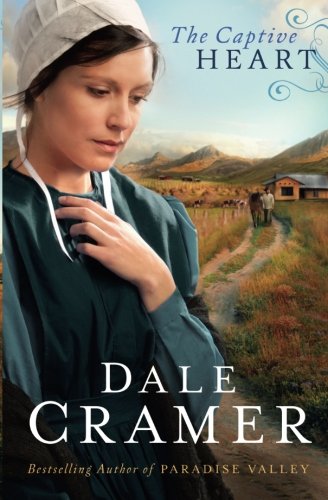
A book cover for The Captive Heart (The Daughters of Caleb Bender) (Volume 2); Dale Cramer; Romance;